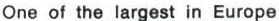
One of the largest in Europe